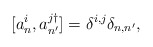
\begin{align*}[a^{i}_{n},a^{j\dagger}_{n'}]=\delta^{i,j}\delta_{n,n'},\end{align*}